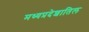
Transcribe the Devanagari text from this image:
मध्यप्रदेशातिल